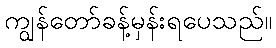
ကျွန်တော်ခန့်မှန်းရပေသည်။